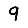
Digit: 9